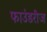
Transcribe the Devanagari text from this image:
फाउंडरीज